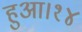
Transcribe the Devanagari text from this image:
हुआ।१४